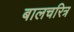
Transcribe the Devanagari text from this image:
बालचरित्र